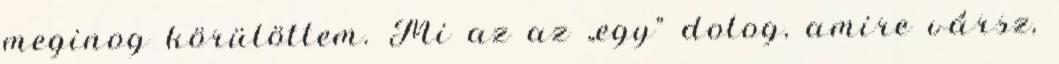
meginog körülöttem. Mi az az „egy” dolog, amire vársz,